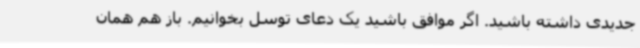
جدیدی داشته باشید. اگر موافق باشید یک دعای توسل بخوانیم. باز هم همان